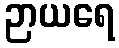
ဉာယရေ